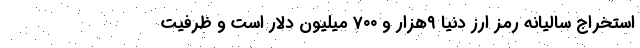
استخراج سالیانه رمز ارز دنیا ۹هزار و ۷۰۰ میلیون دلار است و ظرفیت